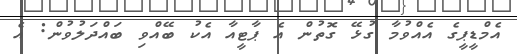
އެމްޑީޕީގެ އެއްވުމާ ގުޅޭ ގޮތުން އެ ޕާޓީއާ އެކު ބޭއްވި ބައްދަލުވުން: އެ